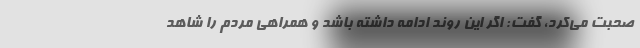
صحبت می‌کرد، گفت: اگر این روند ادامه داشته باشد و همراهی مردم را شاهد